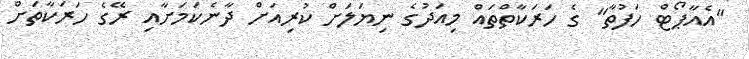
"އެއާޕޯޓް ހަފުތާ" ގެ ހަރަކާތްތައް މިއަދުގެ ނިޔަލަށް ކުރިއަށް ދާނެކަމަށާއި ރޭގެ ހަރަކާތަށް